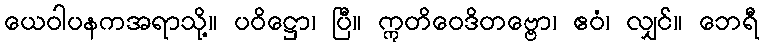
ယေဝါပနကအရာသို့။ ပဝိဋ္ဌော၊ ပြီ။ ဣတိဝေဒိတဗ္ဗော၊ ဧဝံ၊ လျှင်။ ဘေရီ